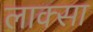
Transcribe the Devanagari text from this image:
लाक्सा